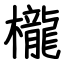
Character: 櫳